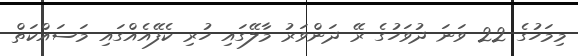
މިމަހުގެ 22 ވަނަ ދުވަހުގެ ރޭ ދަންވަރު މާލޭގައި ހުރި ކެފޭއެއްގައި މަސައްކަތް